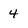
Character: 4